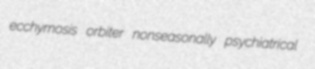
ecchymosis orbiter nonseasonally psychiatrical